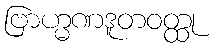
ဗြာဟ္မဏဒူတဝတ္ထု